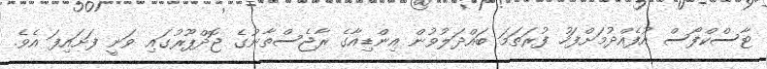
ޓާސްކްފޯސް އުފެއްދުމަށްފަހު ފުރަތަމަ ބައްދަލުވުން އިންޑިއާގެ ރާޖެސްތާނުގެ ޖޮދްޕޫރުގައި ވަނީ ފަށައިފަ އެވެ.